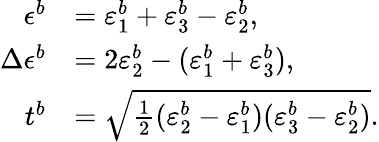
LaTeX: \begin{array}{rl}{\epsilon^{b}}&{=\varepsilon_{1}^{b}+\varepsilon_{3}^{b}-\varepsilon_{2}^{b},}\\ {\Delta\epsilon^{b}}&{=2\varepsilon_{2}^{b}-(\varepsilon_{1}^{b}+\varepsilon_{3}^{b}),}\\ {t^{b}}&{=\sqrt{\frac{1}{2}(\varepsilon_{2}^{b}-\varepsilon_{1}^{b})(\varepsilon_{3}^{b}-\varepsilon_{2}^{b})}.}\end{array}